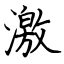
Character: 激